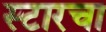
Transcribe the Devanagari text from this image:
स्टारचा